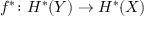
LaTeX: f ^ { * } \colon H ^ { * } ( Y ) \to H ^ { * } ( X )